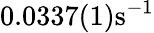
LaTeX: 0.0337(1)\textrm{s}^{-1}